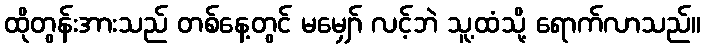
ထိုတွန်းအားသည် တစ်နေ့တွင် မမျှော် လင့်ဘဲ သူ့ထံသို့ ရောက်လာသည်။